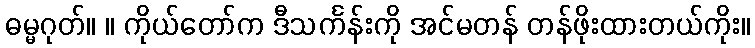
ဓမ္မဂုတ်။ ။ ကိုယ်တော်က ဒီသင်္ကန်းကို အင်မတန် တန်ဖိုးထားတယ်ကိုး။